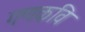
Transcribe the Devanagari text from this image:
गणकवि